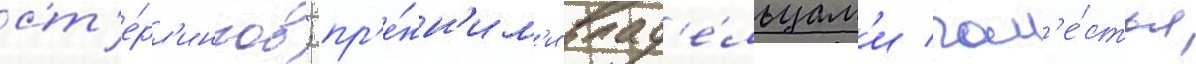
ст'е́рл'ингов; пр'е́жн'им'и влад'е́льцам'и пом'е́стья